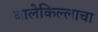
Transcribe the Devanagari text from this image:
बालेकिल्लाचा